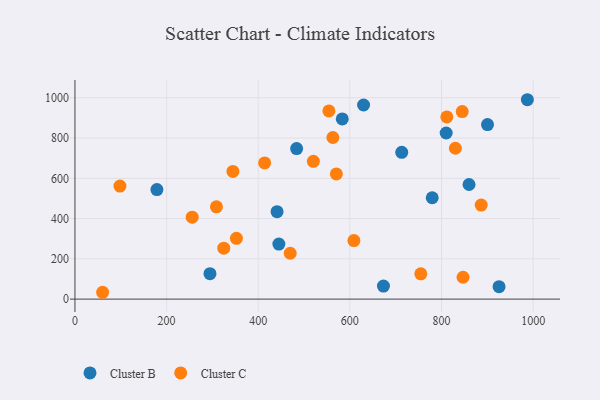
{"axis": {"x": "Price", "y": "Yield"}, "legend": ["Cluster B", "Cluster C"], "data": [{"x": "860.1", "y": 569.2, "type": "Cluster B"}, {"x": "441.1", "y": 434.5, "type": "Cluster B"}, {"x": "779.7", "y": 503.4, "type": "Cluster B"}, {"x": "178.9", "y": 544.3, "type": "Cluster B"}, {"x": "294.7", "y": 126.3, "type": "Cluster B"}, {"x": "900.4", "y": 866.7, "type": "Cluster B"}, {"x": "713.2", "y": 729.1, "type": "Cluster B"}, {"x": "987.4", "y": 990.3, "type": "Cluster B"}, {"x": "483.8", "y": 747.6, "type": "Cluster B"}, {"x": "673.3", "y": 64.6, "type": "Cluster B"}, {"x": "629.9", "y": 964.1, "type": "Cluster B"}, {"x": "445.0", "y": 273.5, "type": "Cluster B"}, {"x": "810.2", "y": 825.0, "type": "Cluster B"}, {"x": "925.6", "y": 61.9, "type": "Cluster B"}, {"x": "583.4", "y": 895.1, "type": "Cluster B"}, {"x": "830.3", "y": 749.3, "type": "Cluster C"}, {"x": "255.9", "y": 407.1, "type": "Cluster C"}, {"x": "414.0", "y": 676.6, "type": "Cluster C"}, {"x": "60.4", "y": 34.0, "type": "Cluster C"}, {"x": "344.7", "y": 634.0, "type": "Cluster C"}, {"x": "562.9", "y": 802.7, "type": "Cluster C"}, {"x": "570.5", "y": 621.6, "type": "Cluster C"}, {"x": "554.2", "y": 934.6, "type": "Cluster C"}, {"x": "847.0", "y": 108.6, "type": "Cluster C"}, {"x": "886.6", "y": 467.2, "type": "Cluster C"}, {"x": "98.2", "y": 561.6, "type": "Cluster C"}, {"x": "608.8", "y": 290.6, "type": "Cluster C"}, {"x": "811.6", "y": 904.7, "type": "Cluster C"}, {"x": "352.4", "y": 302.1, "type": "Cluster C"}, {"x": "754.8", "y": 125.6, "type": "Cluster C"}, {"x": "469.8", "y": 227.9, "type": "Cluster C"}, {"x": "324.8", "y": 253.0, "type": "Cluster C"}, {"x": "520.3", "y": 684.6, "type": "Cluster C"}, {"x": "308.8", "y": 458.5, "type": "Cluster C"}, {"x": "845.2", "y": 931.6, "type": "Cluster C"}]}